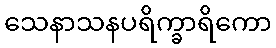
သေနာသနပရိက္ခာရိကော